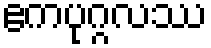
ဧကပုဂ္ဂလဿ